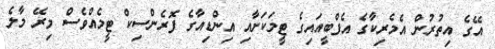
އޭގެ އިތުރުން އެމެރިކާގެ އެފްބީއައިގެ ޓީމަކަށާއި އިންޑިއާގެ ފޮރެންސިކް ޓީމެއްވެސް މިރޭ މާލެ